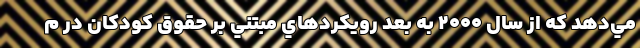
مي‌دهد كه از سال ۲۰۰۰ به بعد رويكرد‌هاي مبتني بر حقوق كودكان در م